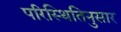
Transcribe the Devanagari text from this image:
परिस्थितिनुसार